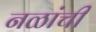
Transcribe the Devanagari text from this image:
नळांची